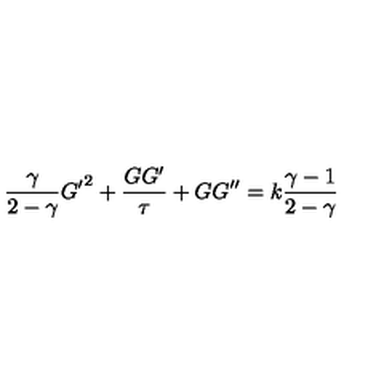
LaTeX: { \frac { \gamma } { 2 - \gamma } } { G ^ { \prime } } ^ { 2 } + { \frac { G G ^ { \prime } } { \tau } } + G G ^ { \prime \prime } = k { \frac { \gamma - 1 } { 2 - \gamma } }